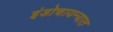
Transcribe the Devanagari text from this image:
इंडोचायन्यात